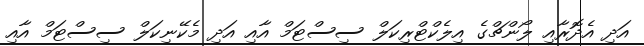
އަދި އެދޮރާއި ލޯންޗްގެ އިލެކްޓްރިކަލް ސިސްޓަމް އާއި އަދި މެކޭނިކަލް ސިސްޓަމް އާއި